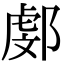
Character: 𨜻